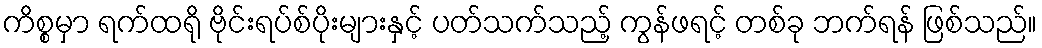
ကိစ္စမှာ ရက်ထရို ဗိုင်းရပ်စ်ပိုးများနှင့် ပတ်သက်သည့် ကွန်ဖရင့် တစ်ခု ဘက်ရန် ဖြစ်သည်။